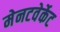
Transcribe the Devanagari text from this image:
मेनटवेर्केट